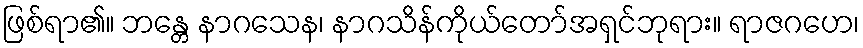
ဖြစ်ရာ၏။ ဘန္တေ နာဂသေန၊ နာဂသိန်ကိုယ်တော်အရှင်ဘုရား။ ရာဇဂဟေ၊